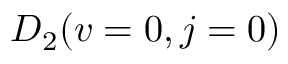
D _ { 2 } ( v = 0 , j = 0 )